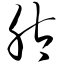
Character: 肽